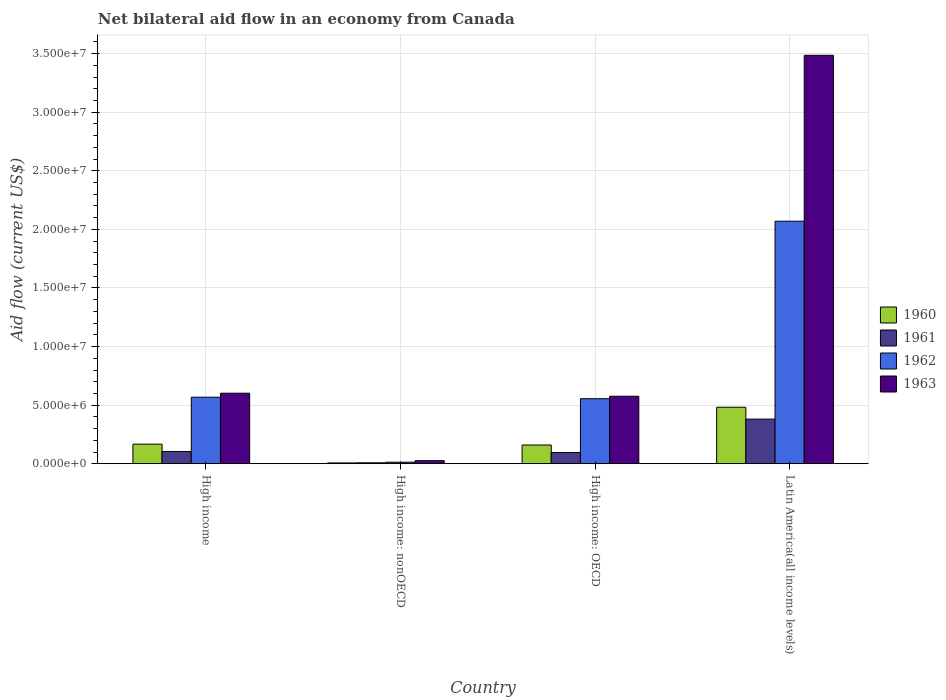
| Country | 1960 | 1961 | 1962 | 1963 |
 | --- | --- | --- | --- | --- |
 | High income | 1.67e+06 | 1.04e+06 | 5.68e+06 | 6.02e+06 |
 | High income: nonOECD | 7e+04 | 8e+04 | 1.3e+05 | 2.6e+05 |
 | High income: OECD | 1.6e+06 | 9.6e+05 | 5.55e+06 | 5.76e+06 |
 | Latin America(all income levels) | 4.82e+06 | 3.81e+06 | 2.07e+07 | 3.49e+07 |